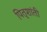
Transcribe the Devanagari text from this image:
पितृशांती